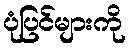
ပုံပြင်များကို